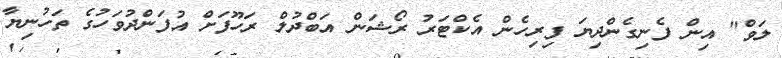
ލަވް" އިން ފެނިގެންދިޔަ ފިރިހެން އެކްޓަރު ރޯޝަން އަބްދުލް ރަހޫފަށް އުފަންދުވަހުގެ ތަހުނިޔާ